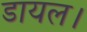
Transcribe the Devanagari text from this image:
डायल।